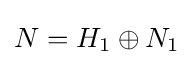
N=H_{1}\oplus N_{1}